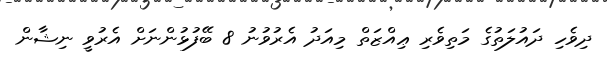
ދިވެހި ދައުލަތުގެ މަތިވެރި ޢިއްޒަތް މިއަދު އެރުވުނު 8 ބޭފުޅުންނަށް އެރުވީ ނިޝާން